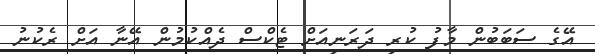
އޭގެ ސަބަބުން މާފު ކުރި ދަރަނިއަށް ޓެކްސް ދެއްކުމުން އޭނާ އަށް ރެކުނު